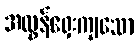
အလွန်ရှေးကျသော